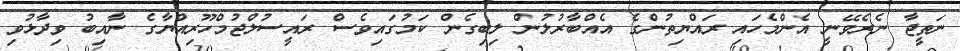
ނަތީޖާ ނެރެވޭނީ އެންމެހައި ރައްޔިތުންގެ އެއްބާރުލުން ލިބިގެން ކަމުގައިވެސް ރައީސުލްޖުމްހޫރިއްޔާގެ ނާއިބު ވިދާޅުވި